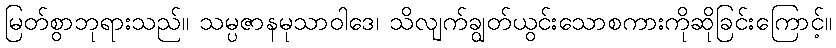
မြတ်စွာဘုရားသည်။ သမ္ပဇာနမုသာဝါဒေ၊ သိလျက်ချွတ်ယွင်းသောစကားကိုဆိုခြင်းကြောင့်။